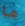
ما